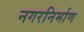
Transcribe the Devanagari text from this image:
नगरनिर्माण